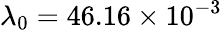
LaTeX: \lambda_{0}=46.16\times 10^{-3}